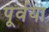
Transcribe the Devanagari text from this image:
पूर्वया